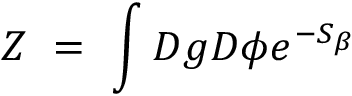
Z ~ = ~ \int { \cal D } g { \cal D } \phi e ^ { - S _ { \beta } }